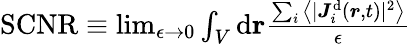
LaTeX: \begin{array}{r}{\mathrm{SCNR}\equiv\operatorname*{lim}_{\epsilon\rightarrow 0}\int_{V}\mathrm{d}\mathbf{{\boldsymbol{r}}}\frac{\sum_{i}\big\langle\vert{{\boldsymbol{J}}}_{i}^{\mathrm{d}}({\boldsymbol{r}},t)\vert^{2}\big\rangle}{\epsilon}}\end{array}